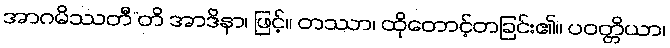
အာဂမိဿတီ”တိ အာဒိနာ၊ ဖြင့်။ တဿာ၊ ထိုတောင့်တခြင်း၏။ ပဝတ္တိယာ၊